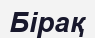
Бірақ